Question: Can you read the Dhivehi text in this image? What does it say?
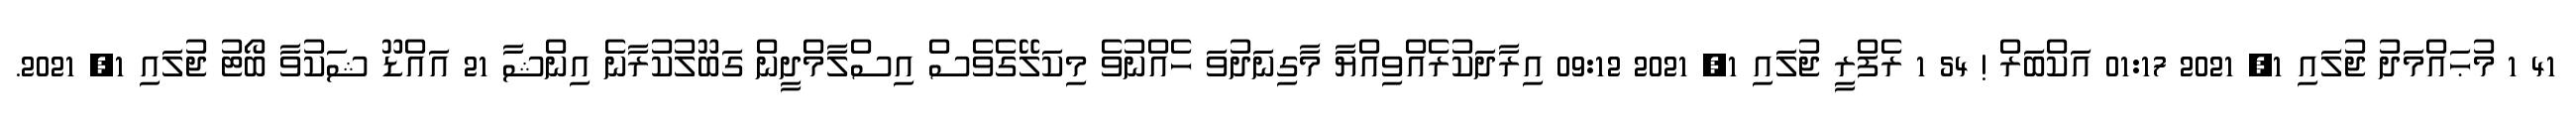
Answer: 41 1 މުޙައްމަދު ޖުލައި 1, 2021 01:17 އަކްބަރް ! 54 1 ރެފްރީ ޖުލައި 1, 2021 09:12 އިރާދަކުރެއްވިއްޔާ މާގިނަދުވަ ހެއްނުވެ މިކަލޭގެވެސް އިސްލާމްދީން ގަބޫލުކުރާނެ އިންޝާ 21 އައްޑޫ ޝަކުވާ ބޯޓު ޖުލައި 1, 2021.